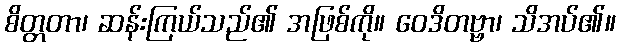
စိတ္တတာ၊ ဆန်းကြယ်သည်၏ အဖြစ်ကို။ ဝေဒိတဗ္ဗာ၊ သိအပ်၏။